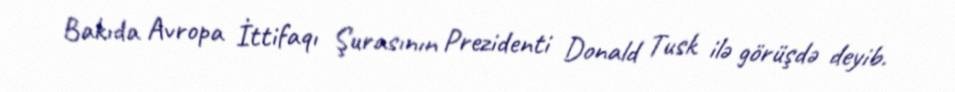
Bakıda Avropa İttifaqı Şurasının Prezidenti Donald Tusk ilə görüşdə deyib.